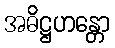
အဓိဋ္ဌဟန္တော